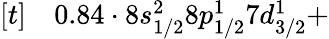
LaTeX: \begin{array}{rl}{[t]}&{{}0.84\cdot 8s_{1/2}^{2}8p_{1/2}^{1}7d_{3/2}^{1}+}\end{array}